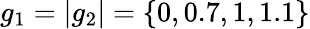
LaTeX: g_{1}=|g_{2}|=\{ 0,0.7,1,1.1\}